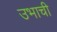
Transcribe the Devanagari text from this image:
उभाची